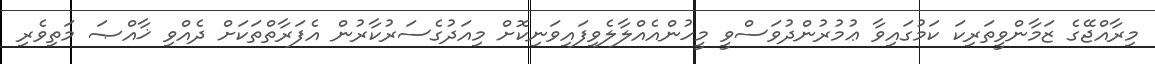
މިރާއްޖޭގެ ޒަމާންވީތަރިކަ ކަމުގައިވާ ޢުމުރުންދުވަސްވީ މީހުންއެއްލާލެވިފައިވަނިކޮށް މިއަދުގެސަރުކާރުން އެފަރާތްތަކަށް ދެއްވި ޚާއްޞަ މަތިވެރި